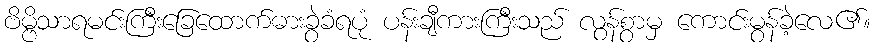
ဗိမ္ဗိသာရမင်းကြီးခြေထောက်ဓားခွဲခံရပုံ ပန်းချီကားကြီးသည် လွန်စွာမှ ကောင်းမွန်ခဲ့လေ၏။